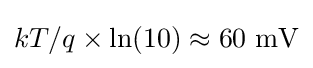
kT/q\times \ln(10)\approx \mathrm {60~mV}